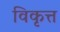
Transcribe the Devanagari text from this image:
विकृत्त